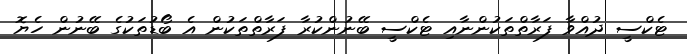
ޓެކްސީ ދުއްވާ ފަރާތްތަކުންނާއި ޓެކްސީ ބޭނުންކުރާ ފަރާތްތަކުން އެ ބޯޑުތަކުގެ ބޭނުން ހެޔޮ